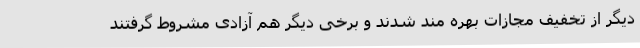
دیگر از تخفیف مجازات بهره مند شدند و برخی دیگر هم آزادی مشروط گرفتند